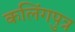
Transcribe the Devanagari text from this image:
कलिंगपुत्र